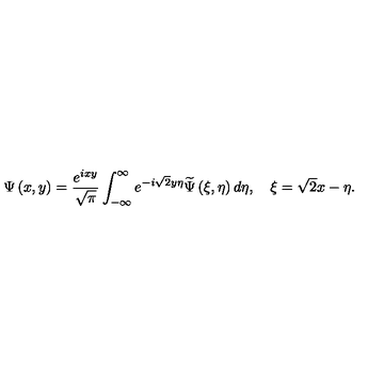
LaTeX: \Psi \left( x , y \right) = \frac { e ^ { i x y } } { \sqrt { \pi } } \int _ { - \infty } ^ { \infty } e ^ { - i \sqrt { 2 } y \eta } \widetilde { \Psi } \left( \xi , \eta \right) d \eta , \quad \xi = \sqrt { 2 } x - \eta .